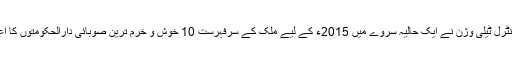
چین کے سینٹرل ٹیلی وژن نے ایک حالیہ سروے میں 2015ء کے لیے ملک کے سرفہرست 10 خوش و خرم ترین صوبائی دارالحکومتوں کا اعلان کیا ہے۔